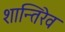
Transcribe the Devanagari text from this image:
शान्तिरेव